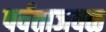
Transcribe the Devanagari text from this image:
पर्वताजवळ